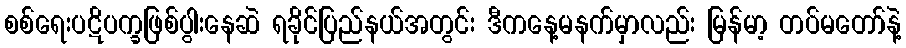
စစ်ရေးပဋိပက္ခဖြစ်ပွါးနေဆဲ ရခိုင်ပြည်နယ်အတွင်း ဒီကနေ့မနက်မှာလည်း မြန်မာ့ တပ်မတော်နဲ့